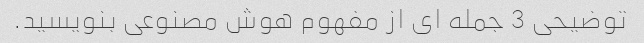
توضیحی 3 جمله ای از مفهوم هوش مصنوعی بنویسید.